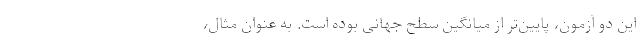
این دو آزمون، پایین‌تر از میانگین سطح جهانی بوده است. به عنوان مثال،